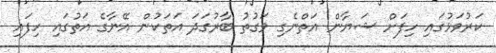
ކަރުވަޅުގައި ހިފަށް ޝަޔާން އަތްނެގި ވަގުތު ބާރުގަދަ އަތަކުން އޭނާގެ އަތުގައި ހިފައި